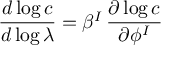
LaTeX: { \frac { d \log c } { d \log \lambda } } = \beta ^ { I } \, { \frac { \partial \log c } { \partial \phi ^ { I } } }